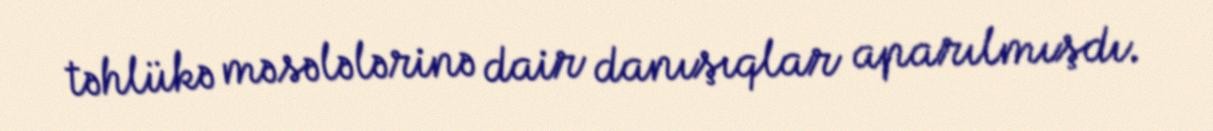
təhlükə məsələlərinə dair danışıqlar aparılmışdı.